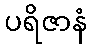
ပရိဇာနံ